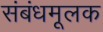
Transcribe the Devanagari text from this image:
संबंधमूलक